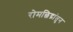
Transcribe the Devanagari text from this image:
रोमछिद्रांतुन